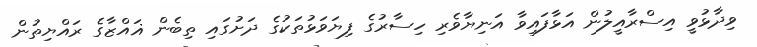
ވިދާޅުވީ އިސްރާއީލުން އަޅާފައިވާ އަނިޔާވެރި ހިސާރުގެ ފިޔަވަޅުތަކުގެ ދަށުގައި ތިބެން ޣައްޒާގެ ރައްޔިތުން